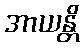
အာယန္တိ